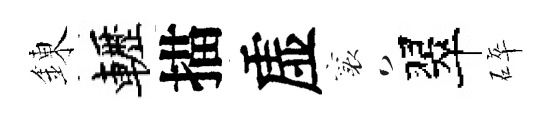
錬轣描虚襄翠碎